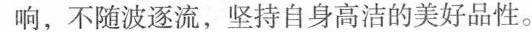
响，不随波逐流，坚持自身高洁的美好品性。